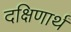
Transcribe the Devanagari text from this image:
दक्षिणार्थं